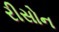
રીસોન